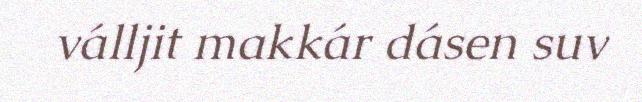
válljit makkár dásen suv